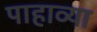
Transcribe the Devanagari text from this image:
पाहाव्या